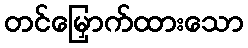
တင်မြှောက်ထားသော